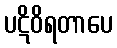
ပဋိဝိရတာပေ